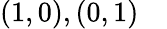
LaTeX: (1,0),(0,1)\quad